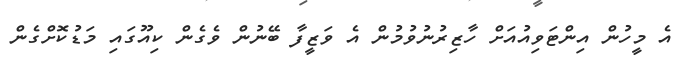
އެ މީހުން އިންޓަވިއުއަށް ހާޒިރުނުވުމުން އެ ވަޒީފާ ބޭނުން ވެގެން ކިއޫގައި މަޑުކޮށްގެން